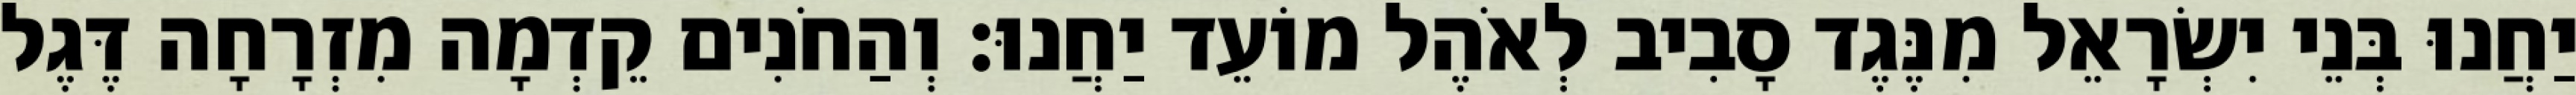
יַחֲנוּ בְּנֵי יִשְׂרָאֵל מִנֶּגֶד סָבִיב לְאֹהֶל מוֹעֵד יַחֲנוּ׃ וְהַחֹנִים קֵדְמָה מִזְרָחָה דֶּגֶל